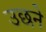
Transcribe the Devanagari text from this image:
उछने